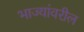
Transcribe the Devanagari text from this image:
भाज्यांवरील